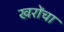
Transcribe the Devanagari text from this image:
खरोंचा